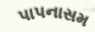
પાપનાસમ